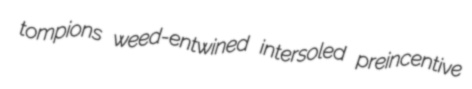
tompions weed-entwined intersoled preincentive